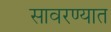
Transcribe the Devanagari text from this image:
सावरण्यात